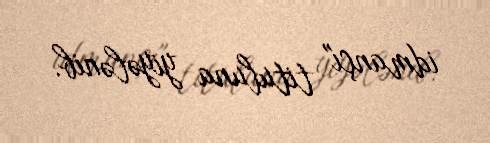
idmançı" tituluna yiyələnib.